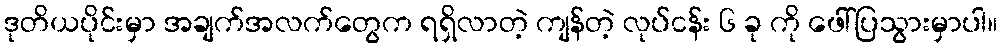
ဒုတိယပိုင်းမှာ အချက်အလက်တွေက ရရှိလာတဲ့ ကျန်တဲ့ လုပ်ငန်း ၆ ခု ကို ဖေါ်ပြသွားမှာပါ။